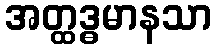
အတ္ထဒ္ဓမာနသာ